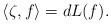
LaTeX: \begin{align*}\langle\zeta,f\rangle=dL(f).\end{align*}